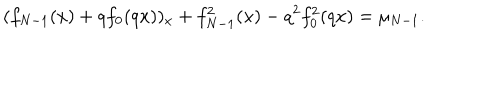
( f _ { N - 1 } ( x ) + q f _ { 0 } ( q x ) ) _ { x } + f _ { N - 1 } ^ { 2 } ( x ) - q ^ { 2 } f _ { 0 } ^ { 2 } ( q x ) = \mu _ { N - 1 } .